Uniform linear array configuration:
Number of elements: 48
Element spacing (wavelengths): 0.5
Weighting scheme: exponential
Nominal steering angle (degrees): -15
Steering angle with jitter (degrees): -16.948
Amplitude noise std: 0.05
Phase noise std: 0.05

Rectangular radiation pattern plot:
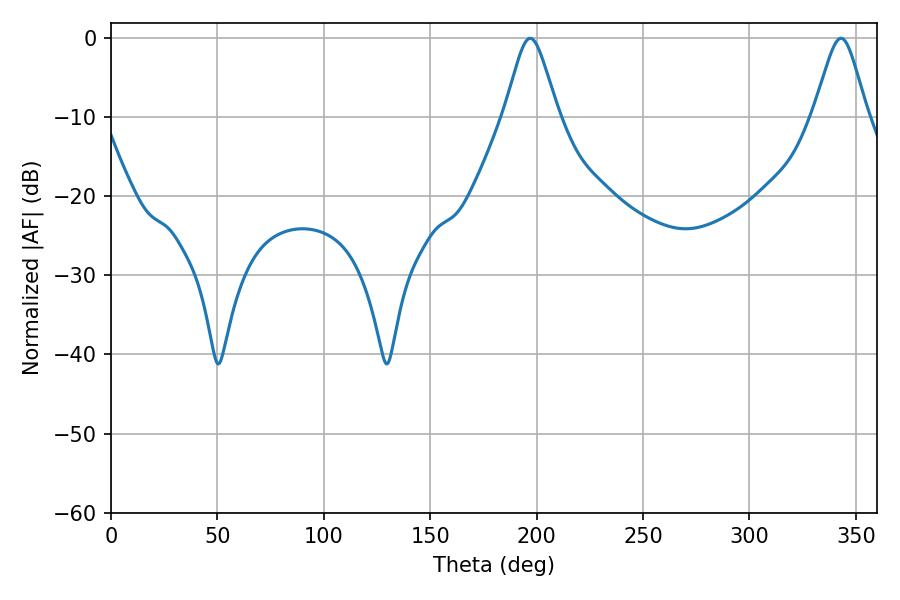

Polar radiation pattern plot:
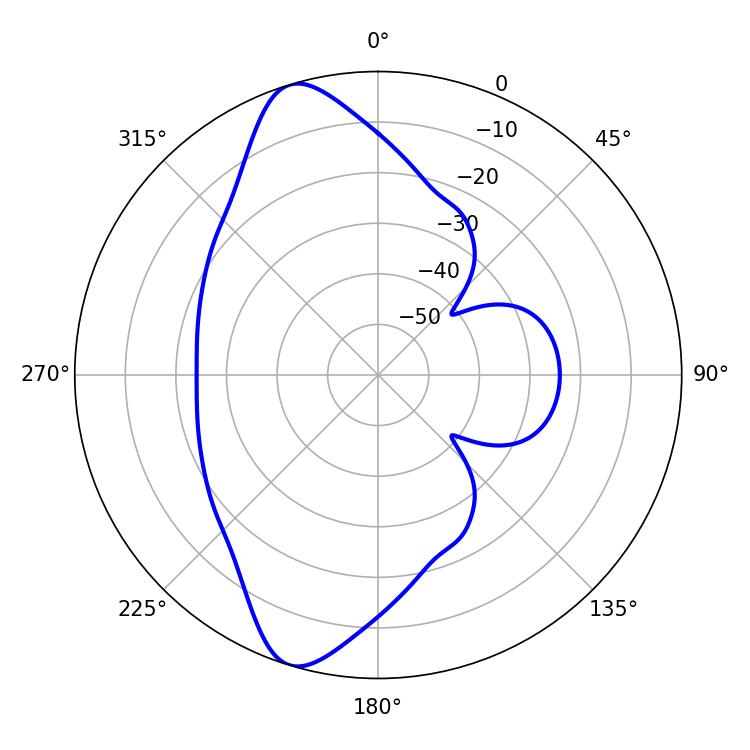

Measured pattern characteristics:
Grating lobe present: FALSE
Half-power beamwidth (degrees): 12.24
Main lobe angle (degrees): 196.92